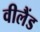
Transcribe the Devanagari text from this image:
वीलैंड